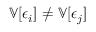
\mathbb { V } [ \epsilon _ { i } ] \neq \mathbb { V } [ \epsilon _ { j } ]